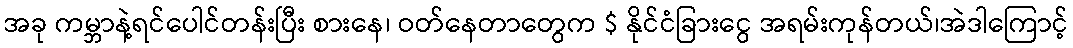
အခု ကမ္ဘာနဲ့ရင်ပေါင်တန်းပြီး စားနေ၊ ဝတ်နေတာတွေက $ နိုင်ငံခြားငွေ အရမ်းကုန်တယ်၊အဲဒါကြောင့်